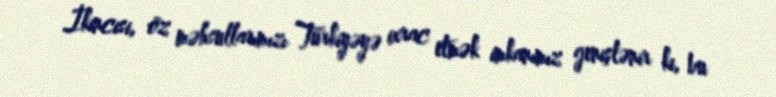
İkincisi, öz məhsullarımızı Türkiyəyə ixrac etmək imkanımız genişlənir ki, bu